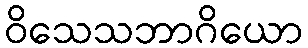
ဝိသေသဘာဂိယော